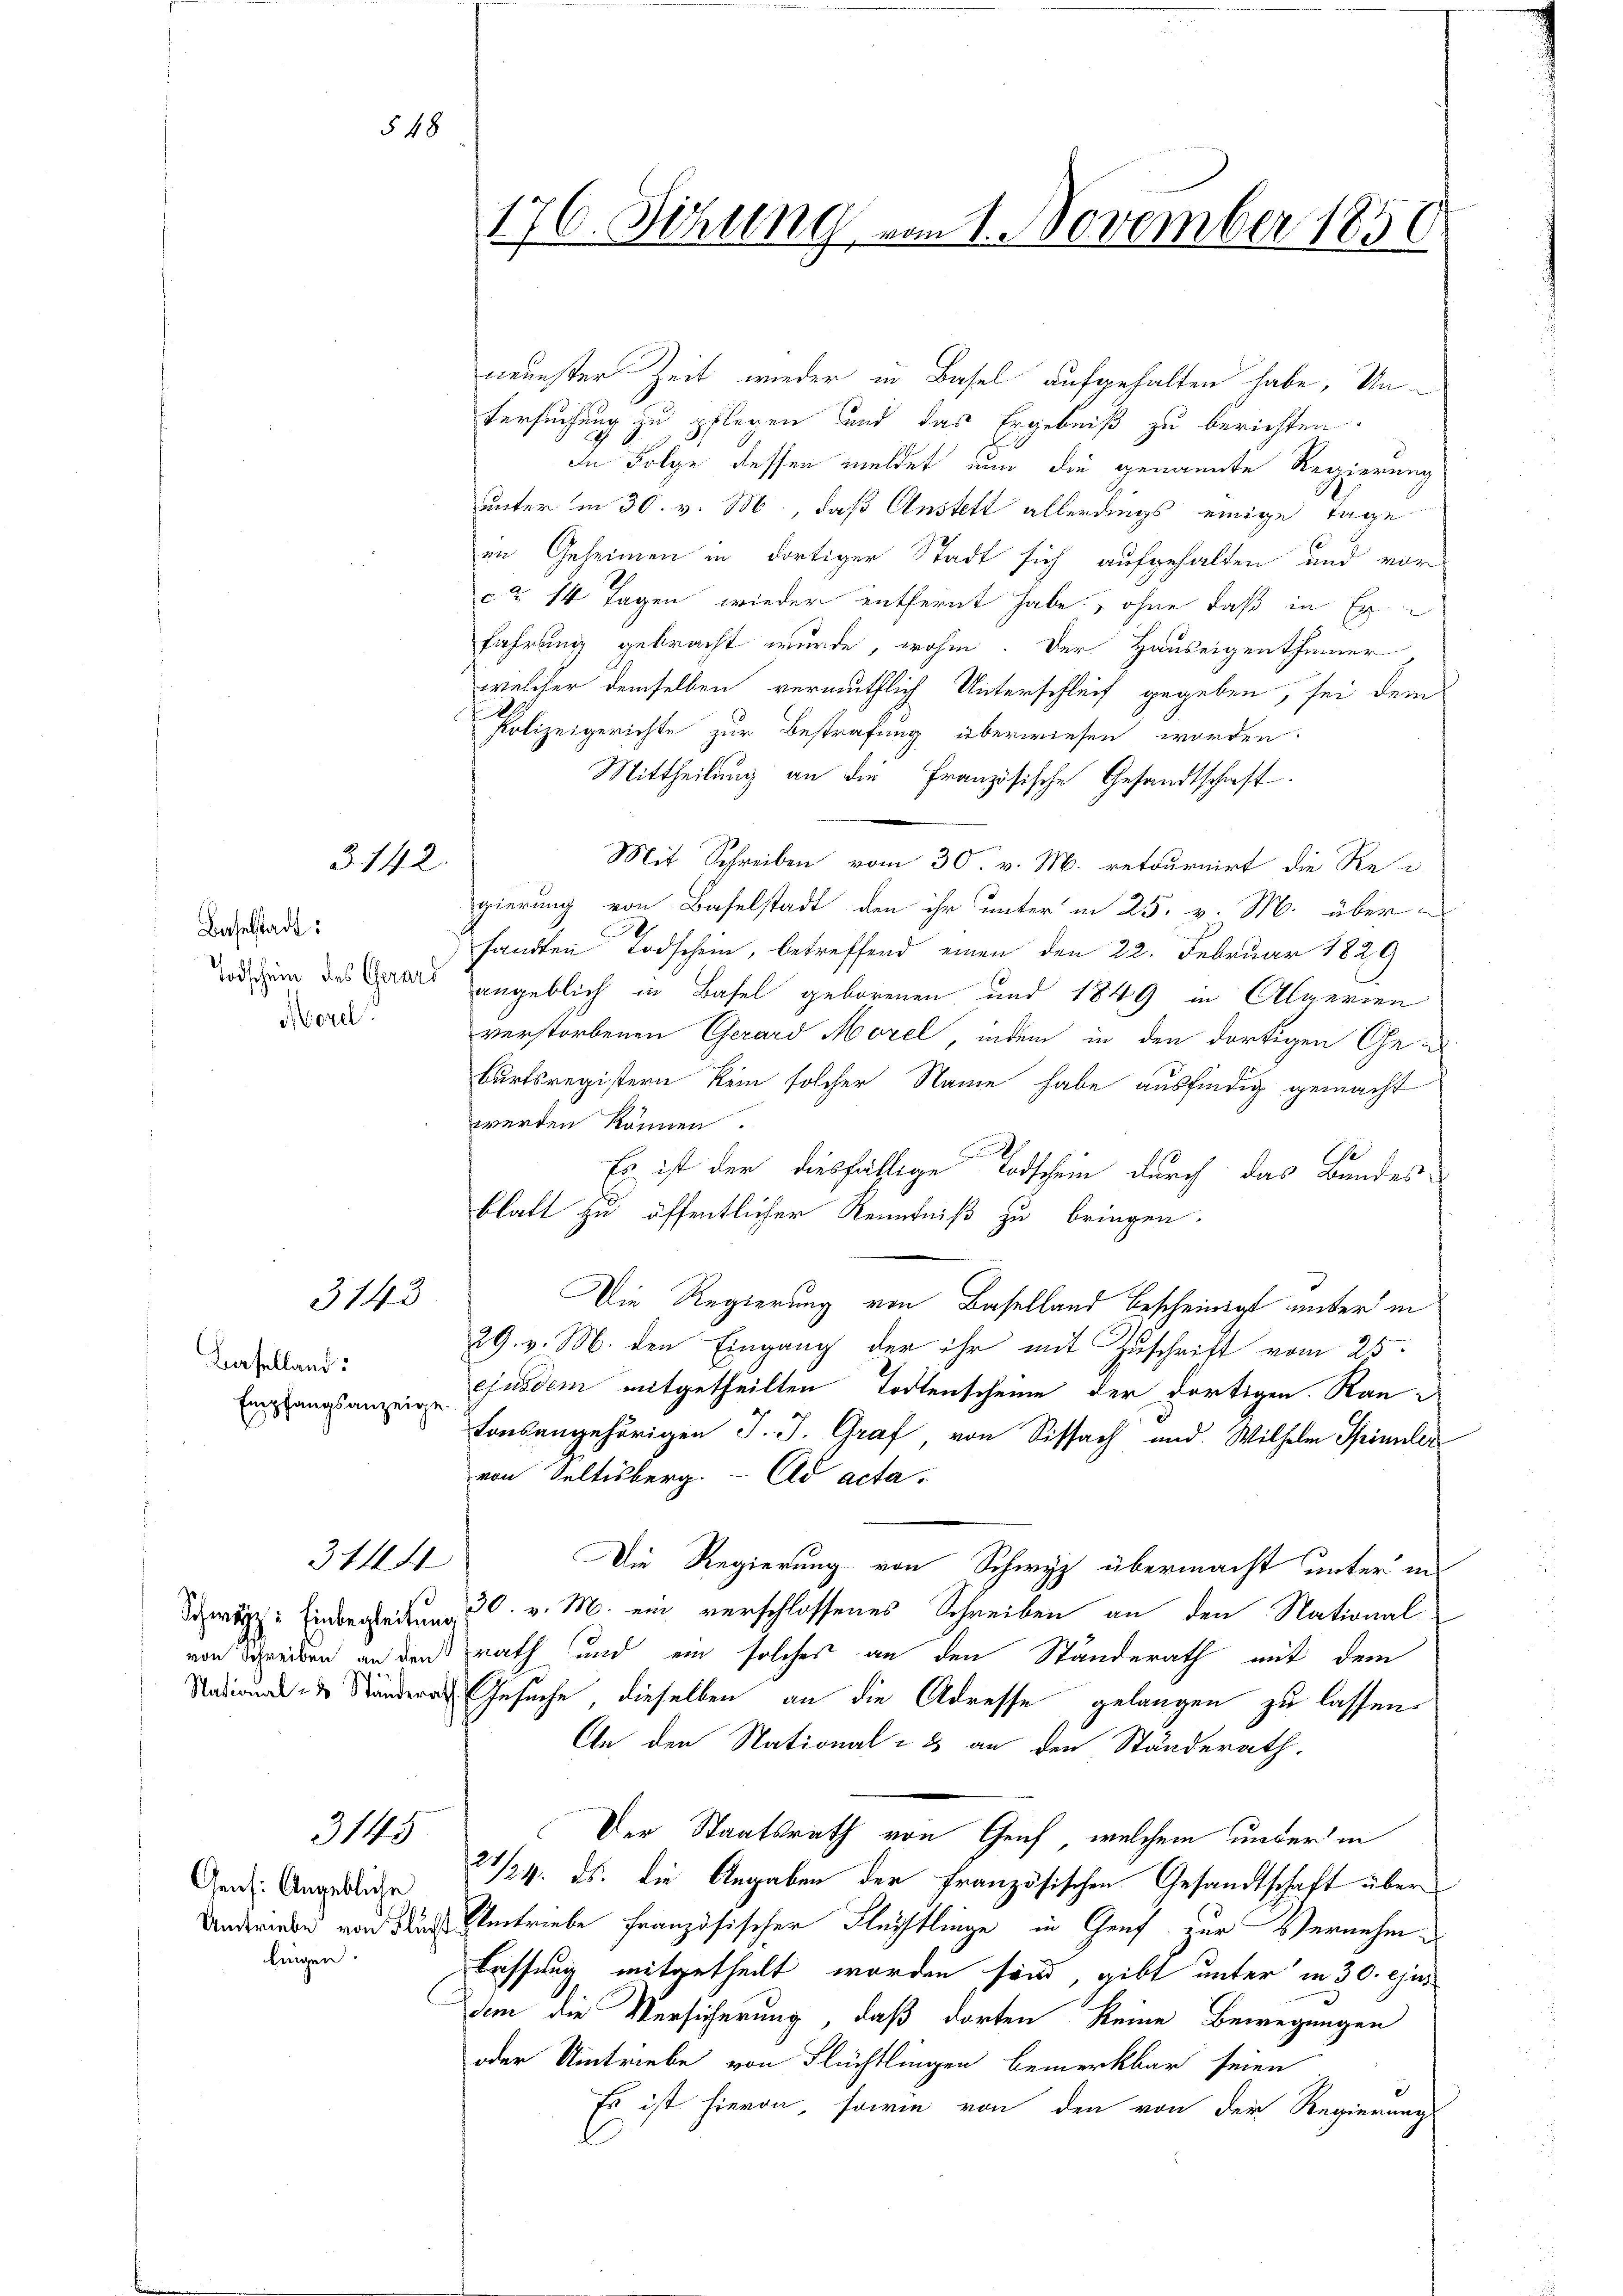
Baselstadt:
Todschein des Gerard
Morel

Baselland:
Empfangsanzeige.

3142

3143

Aens: Angebliche
lingen.

§ 48

neuester Zeit wieder in Basel aufgehalten habe, Untersuchung zu pflegen und das Ergebniß zu berichten.
In Folge dessen meldet nun die genannte Regierung
unter in 30. v. M., daß Anstett allerdings einige Tage
in Geheimen in dortiger Stadt sich aufgehalten und vor-
c. § 14 Tagen wieder entfernt habe, ohne daß in Er
fahrung gebracht wurde, wohin. Der Hauseigenthümer,
welcher demselben vermuthlich Unterschleif gegeben, sei dem
Polizeigerichte zur Bestrafung überwiesen worden.
Mittheilung an die Französische Gesandtschaft
Mit Schreiben vom 30. v. M. retournirt die Rea
gierung von Baselstadt den ihr unter in 25. v. M. übersandten Todschein, betreffend einen den 22. Februar 1829
angeblich in Basel geborenen und 1849 in Algerien
verstorbenen Gerard Morel, indem in den dortigen Geburtsregistern kein solcher Name habe ausfindig gemacht
werden können.
J
e
Es ist der diesfällige Todschein durch das Bandes-
blatt zu öffentlicher Kenntniß zu bringen.
Die Regierung von Baselland bescheinigt unter in
29. v. M. den Eingang der ihr mit Zuschrift vom 25.
ejusdem mitgetheilten Todtenscheine der dortigen Ran
tonsangehörigen J. J. Graf von Sissach und Wilhelm Spinnlei
von Seltisberg. ad acta.
3144
Die Regierung von Schwyz übermacht unter in
Swäz: Einbegleitung, 30. v. M. ein verschlossenes Schreiben an den National
von Schreiben an der rath und ein solches an den Ständerath mit dem
 Ränder Gesuche, dieselben an die Adresse gelangen zu lassen
An den National- 3 an den Ständerath,
Der Staatsrath von Genf, welchem unter in
3145
21/4. ds. die Angaben der Französischen Gesandtschaft über
Undererbe von den Umtriebe französischer Flüchtlinge in Genf zur Vernehm
Fassung mitgetheilt worden sind gibt unter in 30. ejus
dem die Versicherung, daß dorten keine Bewegungen
oder Umtriebe von Flüchtlingen bemerkbar seien
Es ist hievon, sowie von den von der Regierung

176. Setzung vom 1. November 1850